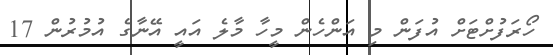
ހޯރަފުށްޓަށް އުފަން މި އަންހެން މީހާ މާލެ އައީ އޭނާގެ އުމުރުން 17